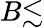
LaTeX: B{\lesssim}